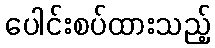
ပေါင်းစပ်ထားသည့်